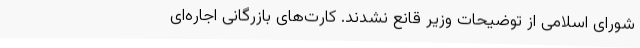
شورای اسلامی از توضیحات وزیر قانع نشدند. کارت‌های بازرگانی اجاره‌ای